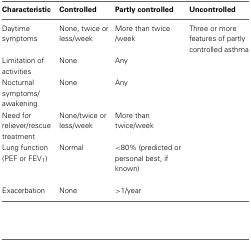
<table><thead><tr><td><b>Characteristic</b></td><td><b>Controlled</b></td><td><b>Partly controlled</b></td><td><b>Uncontrolled</b></td></tr></thead><tbody><tr><td>Daytime symptoms</td><td>None, twice or less/week</td><td>More than twice /week</td><td>Three or more features of partly controlled asthma</td></tr><tr><td>Limitation of activities</td><td>None</td><td>Any</td><td></td></tr><tr><td>Nocturnal symptoms/awakening</td><td>None</td><td>Any</td><td></td></tr><tr><td>Need for reliever/rescue treatment</td><td>None/twice or less/week</td><td>More than twice/week</td><td></td></tr><tr><td>Lung function (PEF or FEV<sub>1</sub>)</td><td>Normal</td><td>&lt;80% (predicted or personal best, if known)</td><td></td></tr><tr><td>Exacerbation</td><td>None</td><td>&gt;1/year</td><td></td></tr></tbody></table>